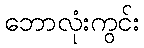
ဘောလုံးကွင်း